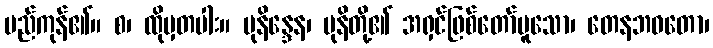
မည်ကုန်၏။ စ၊ ထိုမှတပါး။ မုနိန္ဒေန၊ မုနိတို့၏ အရှင်ဖြစ်တော်မူသော၊ တေနဘဝတော၊